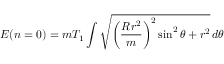
{ \cal E } ( n = 0 ) = m T _ { 1 } \int \sqrt { \bigg ( \frac { R r ^ { 2 } } { m } \bigg ) ^ { 2 } \sin ^ { 2 } \theta + r ^ { 2 } } \, d \theta